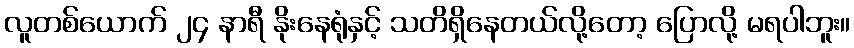
လူတစ်ယောက် ၂၄ နာရီ နိုးနေရုံနှင့် သတိရှိနေတယ်လို့တော့ ပြောလို့ မရပါဘူး။